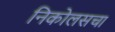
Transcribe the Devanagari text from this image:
निकोलसचा